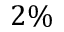
2 \%